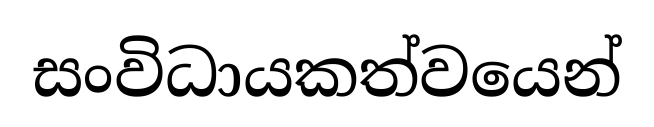
සංවිධායකත්වයෙන්